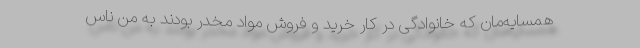
همسایه‌مان که خانوادگی در کار خرید و فروش مواد مخدر بودند به من ناس